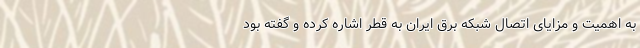
به اهمیت و مزایای اتصال شبکه برق ایران به قطر اشاره کرده و گفته بود